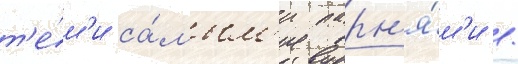
т'е́м'и са́мым'и парн'я́м'и /